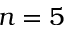
n = 5